Indian journal of veterinary science and animal husbandry - Volume 6,
Year: 1936
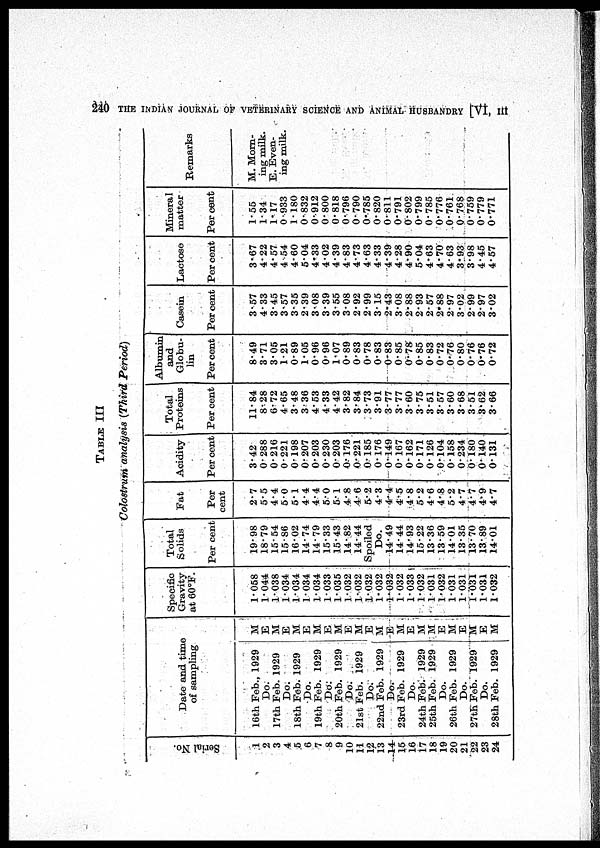
240 THE INDIAN JOURNAL OF VETERINARY SCIENCE AND ANIMAL HUSBANDRY [VI,
III
TABLE III
Colostrum analysis (Third Period)
Serial No.
1
2
3
4
5
6
7
8
9
10
11
12
13
14
15
16
17
18
19
20
21
22
23
24
Date and time
of sampling
16th Feb., 1929
Do.
17th Feb. 1929
Do.
18th Feb. 1929
Do.
19th Feb.1929
Do.
20th Feb. 1929
Do.
21st Feb. 1929
Do.
22nd Feb. 1929
Do.
23rd Feb. 1929
Do.
24th Feb. 1929
25th Feb. 1929
Do.
26th Feb. 1929
Do.
27th Feb. 1929
Do.
28th Feb. 1929
M
E
M
E
M
E
M
E
M
E
M
E
M
E
M
E
M
M
E
M
E
M
E
M
Specific
Gravity
at 60°F.
1.058
1.044
1.038
1034
1.034
1.034
1.034
1.033
1.035
1.032
1.032
1.032
1.032
1.032
1.032
1.033
1.032
1. 031
1.032
1.031
1.031
1.031
1.031
1.032
Total
Solids
Per cent
19.98
18.79
15.54
15.86
16.02
14.74
14.79
15.33
15.43
14.82
14.44
Spoiled
Do.
14.49
14.44
14.93
15.22
13.36
13.59
14.01
13.35
13.70
13.89
14.01
Fat
Per
cent
2.7
5.5
4.4
50
5.1
4.4
4.4
5.0
5.1
4.8
4.6
5.2
4.3
4.4
4.5
4.8
5.2
4.6
4.8
5.2
4.7
4.7
4.9
4.7
Acidity
Per cent
3.42
0.288
0.216
0.221
0.198
0.207
0.203
0.230
0.203
0.176
0.221
0.185
0.176
0.149
0.167
0.162
0.171
0.126
0.104
0.158
0.234
0.180
0.140
0.131
Total
Proteins
Per cent
11.84
8.28
6.72
4.65
3.48
3.36
4.53
4.33
4.42
3.82
3.84
3.73
3.91
3.77
3.77
3.60
3.75
3.51
3.57
3.60
3.68
3.51
3.62
3.66
Albumin
and
Globu-
lin
Percent
8.49
3.71
3.05
1.21
0.89
1.05
0.96
0.96
1.07
0.89
0.83
0.78
0.83
0.83
0.85
0.78
0.85
0.83
0.72
0.76
0.80
0.76
0.76
0.72
Casein
Percent
3.57
4.33
3.45
3.57
3.35
2.39
3.08
3.39
3.55
3.08
2.92
2.99
3.15
2.43
3.08
2.88
2.93
2.57
2.88
2.97
3.02
2.99
2.97
3.02
Lactose
Per cent
3.67
4.22
4.57
4 54
4.60
5.04
4.33
4.02
4.39
4.83
4.73
4.63
4.33
4.39
4.28
4.90
5.04
4.63
4.70
4.63
3.93
3.98
4.45
4.57
Mineral
matter
Per cent
1.55
1.34
1.17
0.933
1.180
0.832
0.912
0.800
0.818
0.796
0.790
0.785
0.820
0.811
0.791
0.802
0.799
0.785
0.776
0.761
0.768
6.759
0.779
0.771
Remarks
M. Morn-
ing milk.
E. Even-
ing milk.